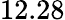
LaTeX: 12.28